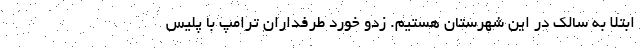
ابتلا به سالک در این شهرستان هستیم. زدو خورد طرفداران ترامپ با پلیس